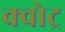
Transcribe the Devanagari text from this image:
क्वोट्र